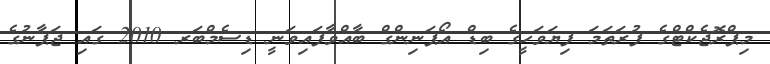
މިޕްރޮޖެކްޓްގެ ފުރަތަމަ ފިޔަވަހީގެ ބިޑް އޯޕަނިންގް ބާއްވާފައިވަނީ ޑިސެމްބަރ 2010 ގައި ޖަޕާނުގެ